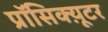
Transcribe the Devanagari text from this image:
प्रॉसिक्य़ूटर